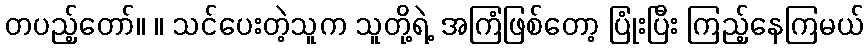
တပည့်တော်။ ။ သင်ပေးတဲ့သူက သူတို့ရဲ့ အကြံဖြစ်တော့ ပြုံးပြီး ကြည့်နေကြမယ်